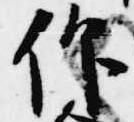
仰